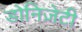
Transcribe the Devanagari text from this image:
डोनिज़ेटी